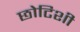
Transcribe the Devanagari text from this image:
छोटिशी